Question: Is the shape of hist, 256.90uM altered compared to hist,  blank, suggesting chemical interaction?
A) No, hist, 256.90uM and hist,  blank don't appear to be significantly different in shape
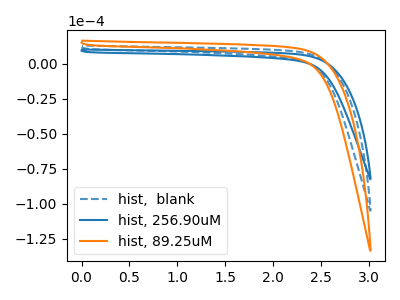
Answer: <think>The blue dashed curve "hist,  blank" has no peaks. The blue curve "hist, 256.90uM" has no peaks. The orange curve "hist, 89.25uM" has no peaks.
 Neither "hist, 256.90uM" or "hist,  blank" have any peaks.</think>
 <answer>A) No, "hist, 256.90uM" and "hist,  blank" don't appear to be significantly different in shape</answer>
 <eval>A</eval>